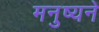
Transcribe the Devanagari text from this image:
मनुष्यने